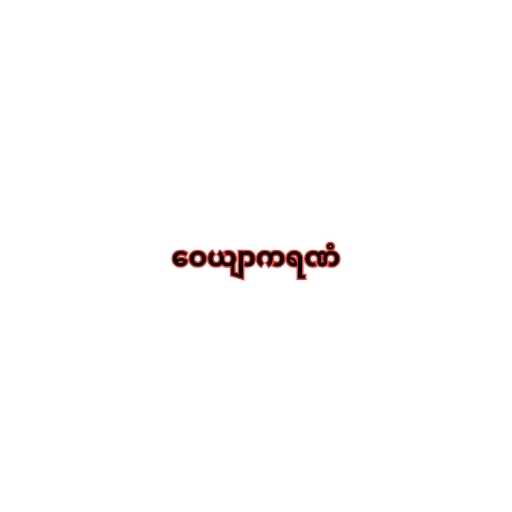
ဝေယျာကရဏံ